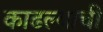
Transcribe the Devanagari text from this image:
काढल्याची